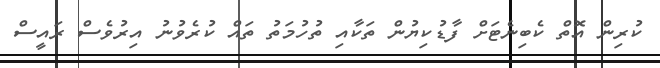
ކުރިން އޮތް ކެބިނެޓަށް ފާޑުކިޔުން ތަކާއި ތުހުމަތު ތައް ކުރެވުނު އިރުވެސް ރައީސް